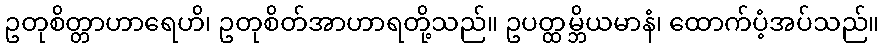
ဥတုစိတ္တာဟာရေဟိ၊ ဥတုစိတ်အာဟာရတို့သည်။ ဥပတ္ထမ္ဘိယမာနံ၊ ထောက်ပံ့အပ်သည်။